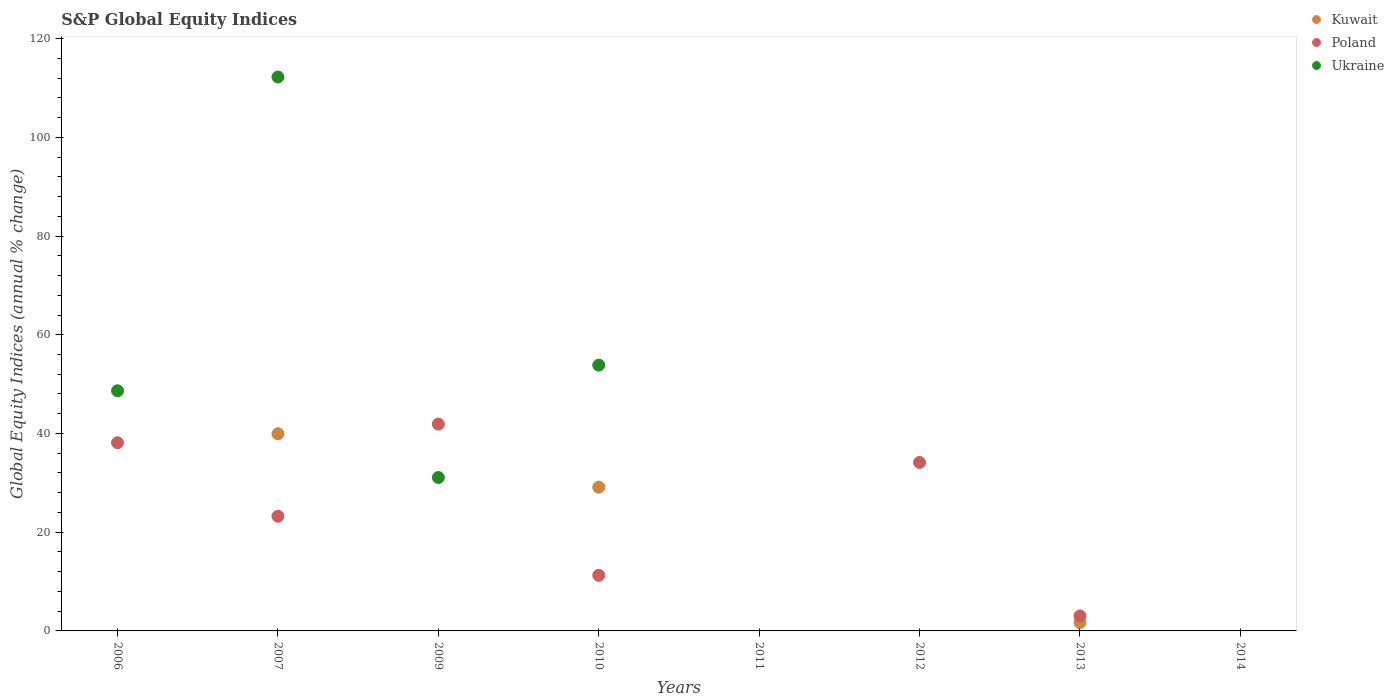
| Years | Kuwait | Poland | Ukraine |
 | --- | --- | --- | --- |
 | 2006 | -4.59 | 38.1 | 48.6 |
 | 2007 | 39.9 | 23.2 | 112 |
 | 2009 | -10.4 | 41.9 | 31.1 |
 | 2010 | 29.1 | 11.3 | 53.8 |
 | 2011 | -21.4 | -33.4 | -36.3 |
 | 2012 | -2.99 | 34.1 | -4.06 |
 | 2013 | 1.7 | 3.04 | -21.3 |
 | 2014 | -8.73 | -16.4 | -51.5 |